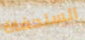
السلحفاة